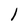
Character: l